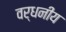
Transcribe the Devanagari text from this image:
वर्धनीय